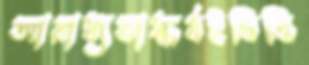
আরাধ্যভাস্কর্যইভিত্তি